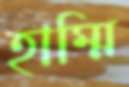
হাম্মি